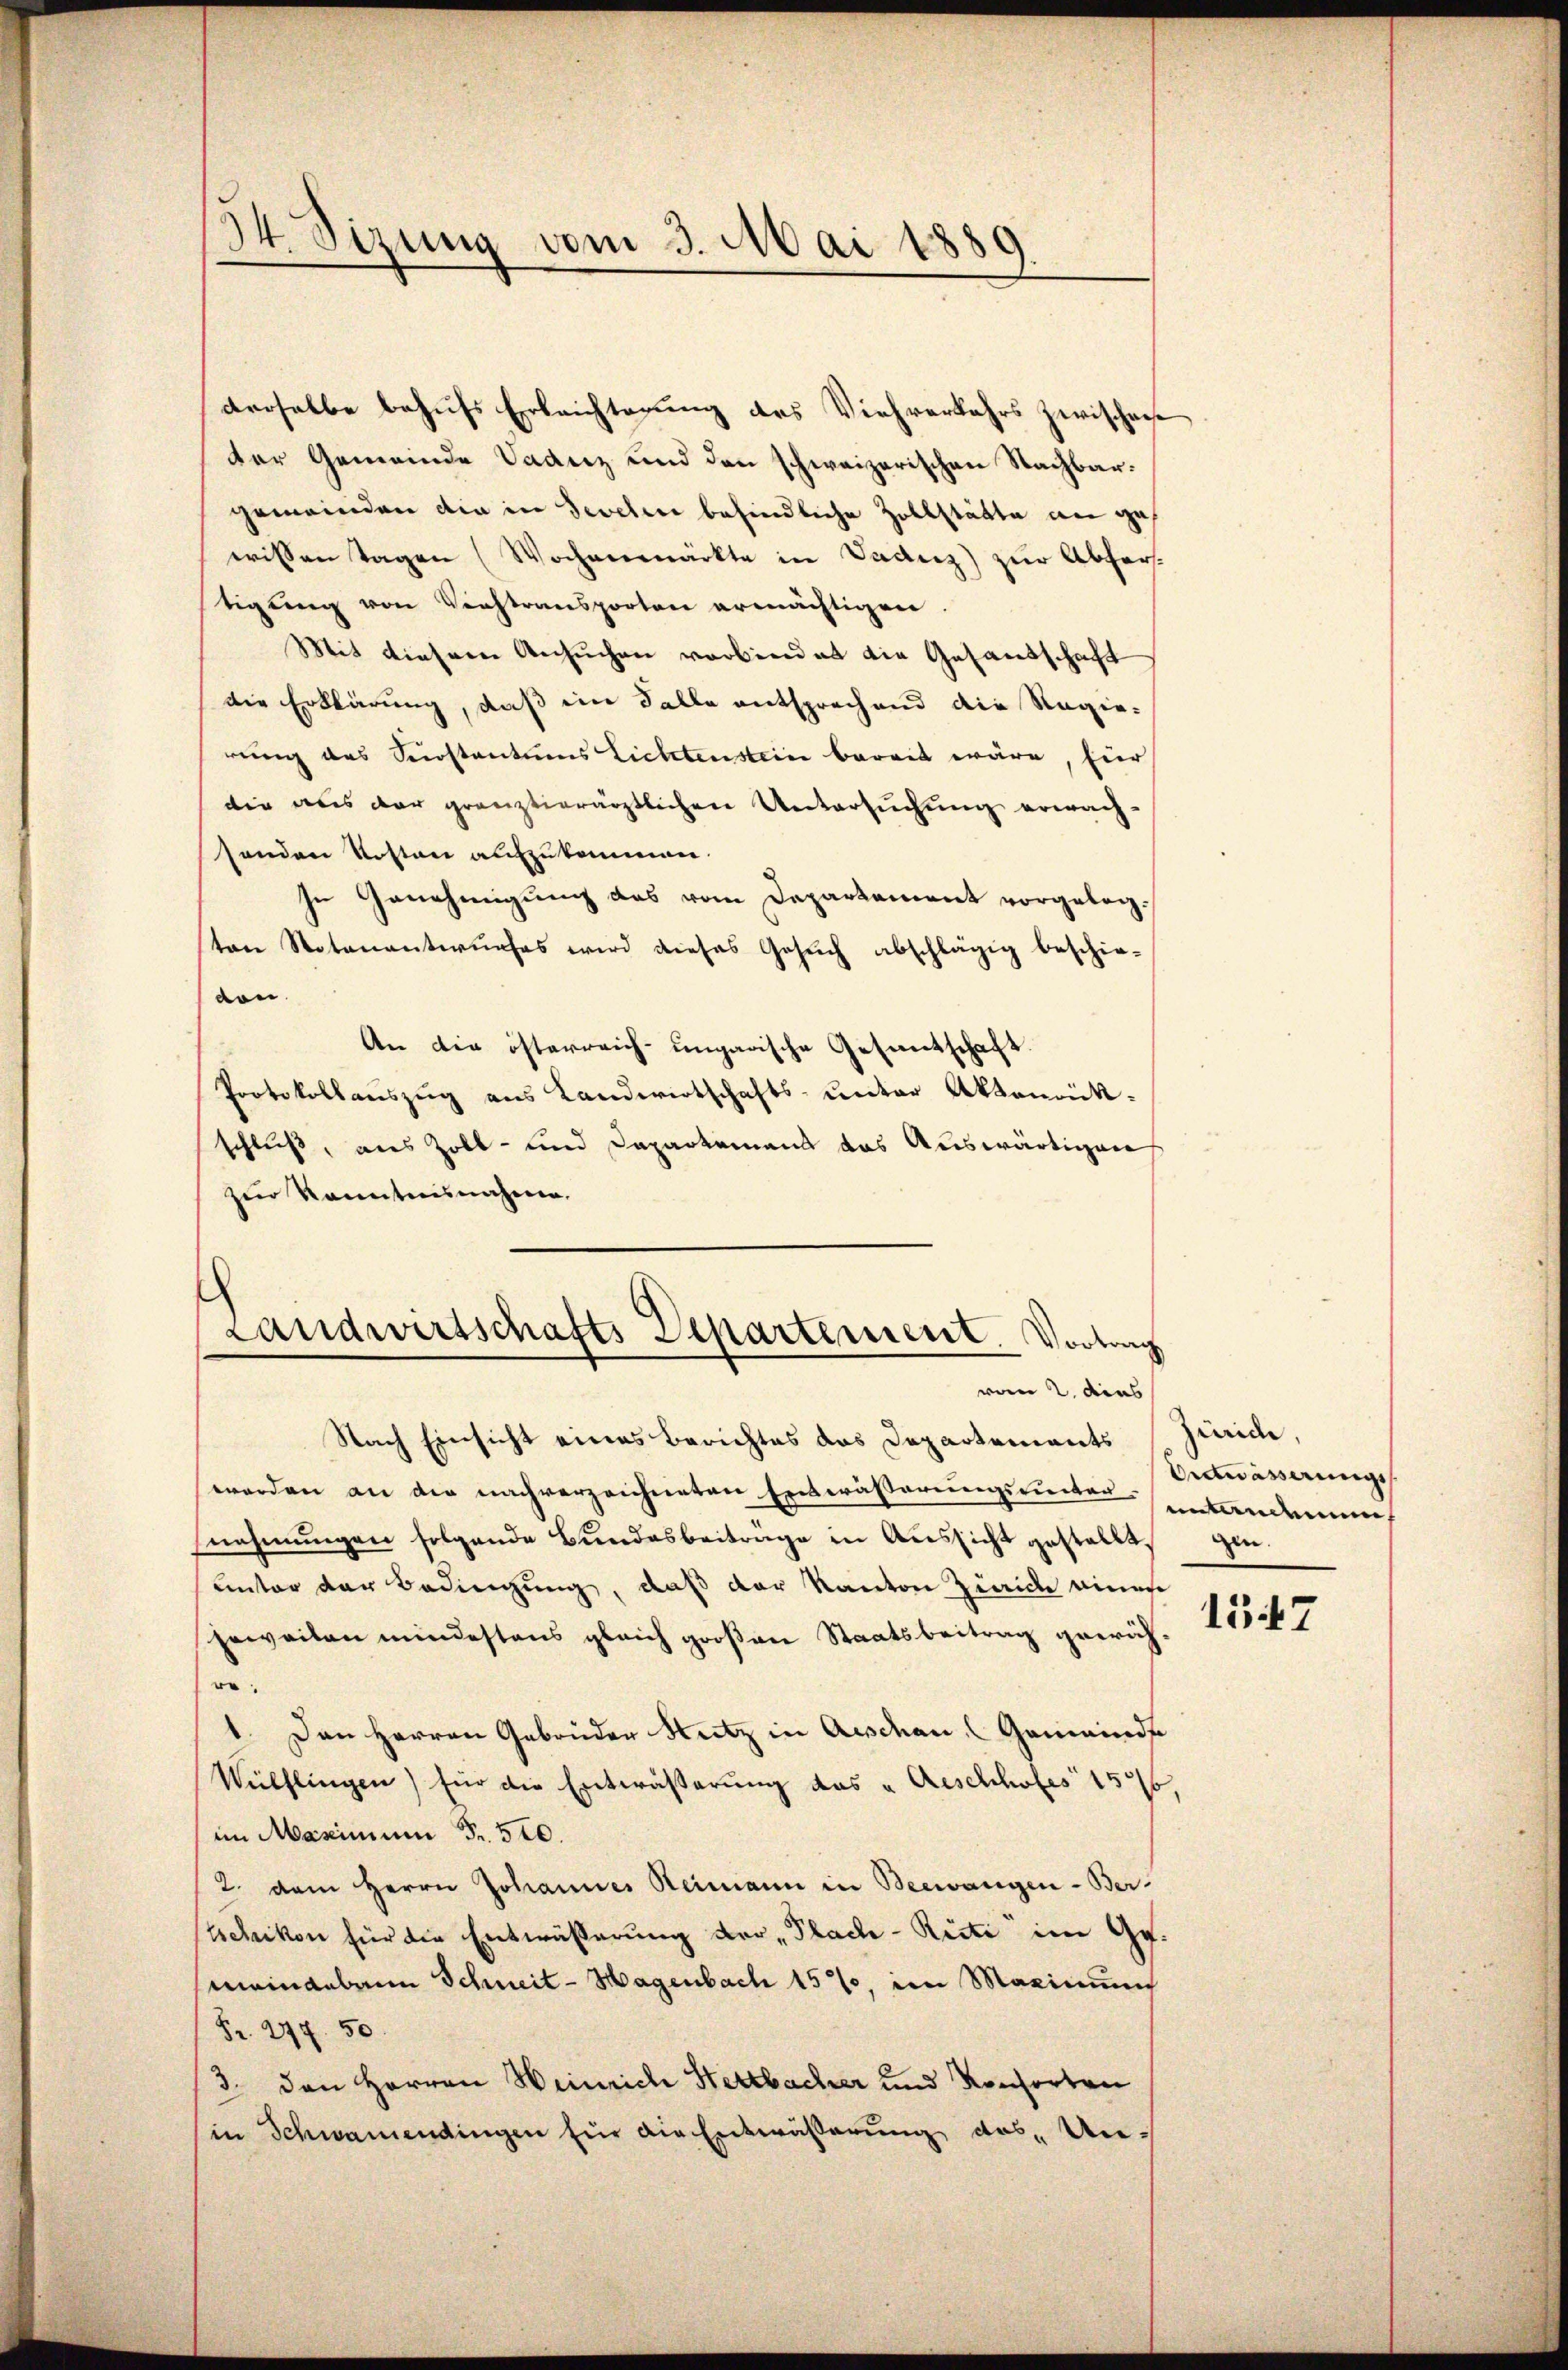
34. Sizung vom 3. Mai 1889

derselbe behufs Erleichterung des Viehverkehrs zwischense
der Gemeinde Vaanz und den schweizerischen Nachbargemeinden die in Sevelin befindliche Zollstätte an gewissenstagen (Wochenmärkte in Vaduz) zur Abfertigung von Viehtransporten ermächtigen.
Mit dieser Ansuchen verbindet die Gesamtschaft
die Erklärung, daß ein Falle entsprechend die Regierung des Serstantums Lichtenstein bereit wäre, Eier
die aus der gränztierärztlichen Untersuchung erwach-
senden Kosten aufzukommen.
In Genehmigung des vom Departement vorgelegton Notenantwurfes wird dieses Gesuch abschlägig beschie-
von.
An die österreich-ungarische Gesandschaft
Protokollauszug aus Landwirtschafts- unter Aktenrükschluß, aus Zoll- und Departement das Auswärtigen
zur Kenntnisnahme.

Landwirtschafts Departement. Vortrag
von 2. dies

Nach Einsicht eines Berichtes das Departements Zürich,
werden an die nachverzeichneten Entwässerungsunter-Präverungsnehmungen folgende Bundesbeitrage in Aussicht gestellt,
unter der Bedingung, daß der Kanton Zürich einer
jeweiten mindestens gleich großen Staatsbeitrag gewähe
1. Den Herren Gebrüder Nutz in Aeschen Gemeinde
Wülflingen) für die Entwäßerung des " Aeschhofes 1576,
(im Maximum Fr. 520.
2. dem Herrn Johannes Reimann in Beewangen-Ber-
Achikon für die Entwässerung der „Plach-Ricti im Gemeindebann Schneit - Hagenbach 15%, im Maximum
Fr. 277. 50.
3. den Herren Heinrich Hettbacher und Konsorten
(in Schwamendingen für die Entwäßerung des Un¬

untandemen
gen.

1547